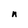
Character: n